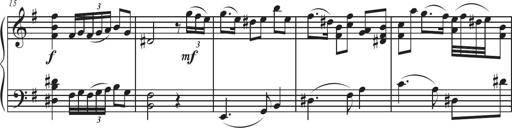
Title: Sonatina Espania
Composer: Jerald Franklin Archer
Key: Various